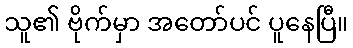
သူ၏ ဗိုက်မှာ အတော်ပင် ပူနေပြီ။